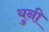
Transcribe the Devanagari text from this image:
युनी